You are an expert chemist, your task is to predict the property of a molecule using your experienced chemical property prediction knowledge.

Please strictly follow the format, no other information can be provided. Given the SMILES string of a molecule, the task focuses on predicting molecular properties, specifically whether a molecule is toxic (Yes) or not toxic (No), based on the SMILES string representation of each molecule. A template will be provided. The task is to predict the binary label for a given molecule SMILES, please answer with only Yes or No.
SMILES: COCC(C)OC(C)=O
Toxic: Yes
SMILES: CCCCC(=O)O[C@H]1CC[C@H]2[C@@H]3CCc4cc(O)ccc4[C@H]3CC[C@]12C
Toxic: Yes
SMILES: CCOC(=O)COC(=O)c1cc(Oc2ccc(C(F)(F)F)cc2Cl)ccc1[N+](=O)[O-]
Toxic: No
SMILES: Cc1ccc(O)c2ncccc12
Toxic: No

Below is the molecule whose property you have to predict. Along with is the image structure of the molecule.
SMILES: CCCC1CCCCN1
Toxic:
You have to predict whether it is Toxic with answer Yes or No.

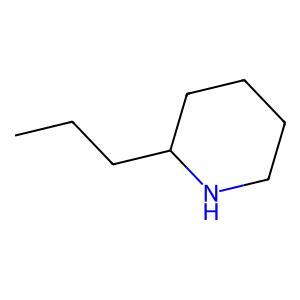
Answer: No